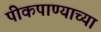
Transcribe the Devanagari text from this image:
पीकपाण्याच्या